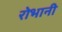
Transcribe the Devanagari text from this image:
रोभानी